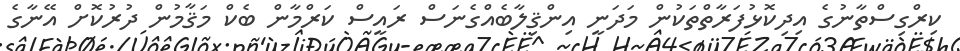
ކިރްގިސްތާނުގެ އިދިކޮޅުފަރާތްތަކުން މަދަނީ އިންޤިލާބެއްގެނަސް ރައީސް ކަރްމާން ބެކް މަޤާމުން ދުރުކޮށް އޭނާގެ